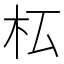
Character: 𣏇